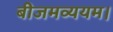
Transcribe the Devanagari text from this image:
बीजमव्ययम।